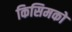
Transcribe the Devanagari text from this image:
किसिमको